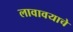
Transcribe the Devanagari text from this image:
लावावयाचे